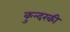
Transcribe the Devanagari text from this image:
कुन्‍दरकी